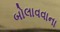
બોલાવવાના